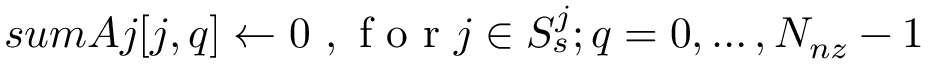
s u m A j [ j , q ] \leftarrow 0 \mathrm { ~ , ~ f ~ o ~ r ~ } j \in S _ { s } ^ { j } ; q = 0 , \ldots , N _ { n z } - 1